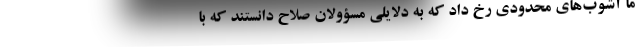
ما آشوب‌هاى محدودى رخ داد كه به دلايلى مسؤولان صلاح دانستند كه با